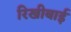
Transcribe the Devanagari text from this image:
रिखीबाई